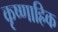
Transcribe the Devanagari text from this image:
कृष्णाह्रिक